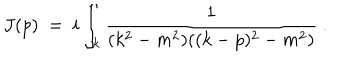
LaTeX: J ( p ) ~ = ~ i \int _ { k } \frac { 1 } { ( k ^ { 2 } - m ^ { 2 } ) ( ( k - p ) ^ { 2 } - m ^ { 2 } ) } ~ .